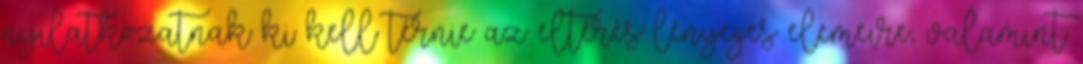
nyilatkozatnak ki kell térnie az eltérés lényeges elemeire, valamint